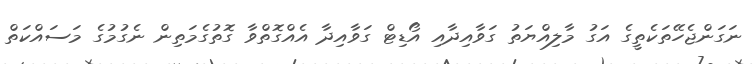
ނަގަންޖެހޭތަކެތީގެ އަގު މާލިއްޔަތު ގަވާއިދާއި އޯޑިޓް ގަވާއިދާ އެއްގޮތްވާ ގޮތުގެމަތިން ނެގުމުގެ މަސައްކަތް